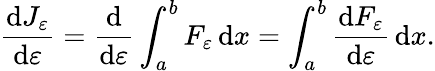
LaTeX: {\frac{\mathrm{d}J_{\varepsilon}}{\mathrm{d}\varepsilon}}={\frac{\mathrm{d}}{\mathrm{d}\varepsilon}}\int_{a}^{b}F_{\varepsilon}\, \mathrm{d}x=\int_{a}^{b}{\frac{\mathrm{d}F_{\varepsilon}}{\mathrm{d}\varepsilon}}\, \mathrm{d}x.